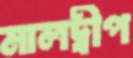
মালদ্বীপ